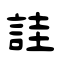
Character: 詿